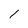
Character: 1